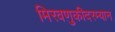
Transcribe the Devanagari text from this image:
मिरवणुकीदरम्यान